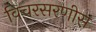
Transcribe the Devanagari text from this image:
विचरसरणीस